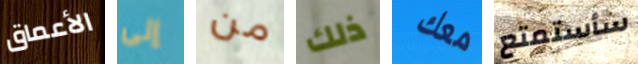
الأعماق إلى من ذلك معك سأستمتع